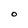
Character: O